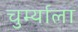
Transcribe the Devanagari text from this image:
चुर्म्याला